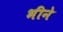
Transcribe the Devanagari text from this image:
भीने